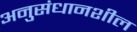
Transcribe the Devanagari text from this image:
अनुसंधानशील